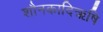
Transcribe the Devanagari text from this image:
शौनकादिऋषि